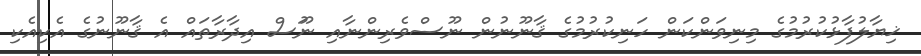
ޚިޔާލުފާޅުކުރުމުގެ މިނިވަންކަން ހަނިކުރުމުގެ ޤާނޫނުން ނޫސްވެރިންނާއި ނޫަސް އިދާރާތައް އެ ޤާނޫނުގެ އެކިއެކި